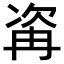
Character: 𣣀